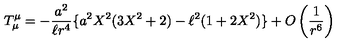
T _ { \mu } ^ { \mu } = - \frac { a ^ { 2 } } { \ell r ^ { 4 } } \{ a ^ { 2 } X ^ { 2 } ( 3 X ^ { 2 } + 2 ) - \ell ^ { 2 } ( 1 + 2 X ^ { 2 } ) \} + O \left( \frac { 1 } { r ^ { 6 } } \right)